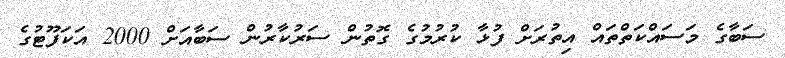
ސަބާގެ މަސައްކަތްތައް އިތުރަށް ފުޅާ ކުރުމުގެ ގޮތުން ސަރުކާރުން ސަބާއަށް 2000 އަކަފޫޓުގެ